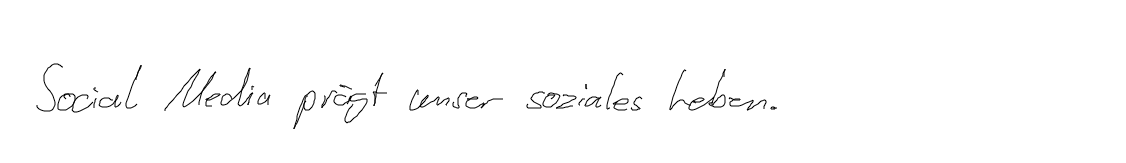
Social Media prägt unser soziales Leben.